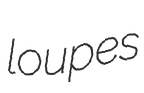
loupes